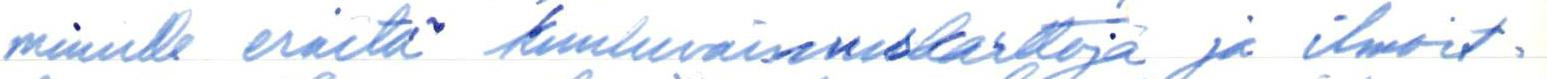
minulle eräitä kuuluvaisuuskarttoja ja ilmoit-